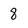
Character: 8